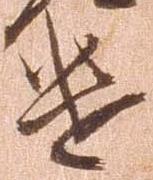
遣